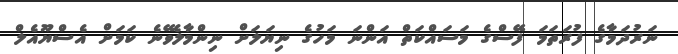
ނަރުދަމާގެ ފުރަތަމަ ފޭސްގެ މަސައްކަތް އަންނަ މަހުގެ ނިޔަލަށް ނިންމާލެވޭނެ ކަމަށް އެސްޔޫއެލް